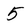
Character: 5